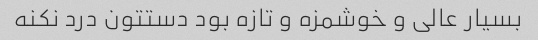
بسیار عالی و خوشمزه و تازه بود دستتون درد نکنه